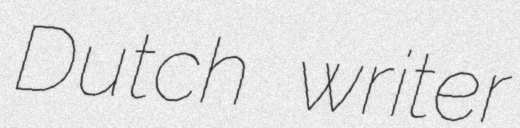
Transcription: Dutch writer